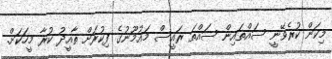
މިކަން ކުރެވޭނީ ސައްތައިން ސައްތަ ރައީސް މައުމޫނުގެ ފިކުރަށް ތާއީދު ކުރާ މީހަކަށް.